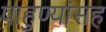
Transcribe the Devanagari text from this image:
पाहुण्यांसह